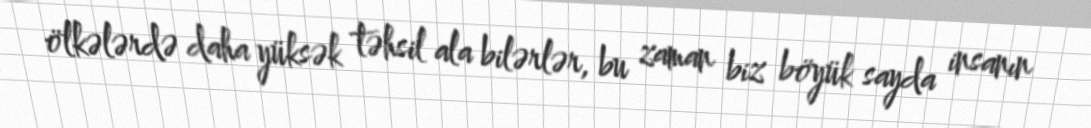
ölkələrdə daha yüksək təhsil ala bilərlər, bu zaman biz böyük sayda insanın